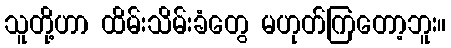
သူတို့ဟာ ထိမ်းသိမ်းခံတွေ မဟုတ်ကြတော့ဘူး။